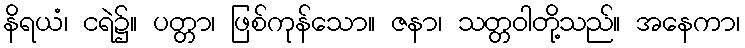
နိရယံ၊ ငရဲ၌။ ပတ္တာ၊ ဖြစ်ကုန်သော။ ဇနာ၊ သတ္တဝါတို့သည်။ အနေကာ၊